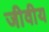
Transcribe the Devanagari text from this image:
जीवीय